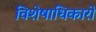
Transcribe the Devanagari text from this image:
विशेषाधिकारो